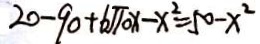
2 0 - 9 0 + 6 \sqrt { 1 0 } x - x ^ { 2 } = 5 0 - x ^ { 2 }